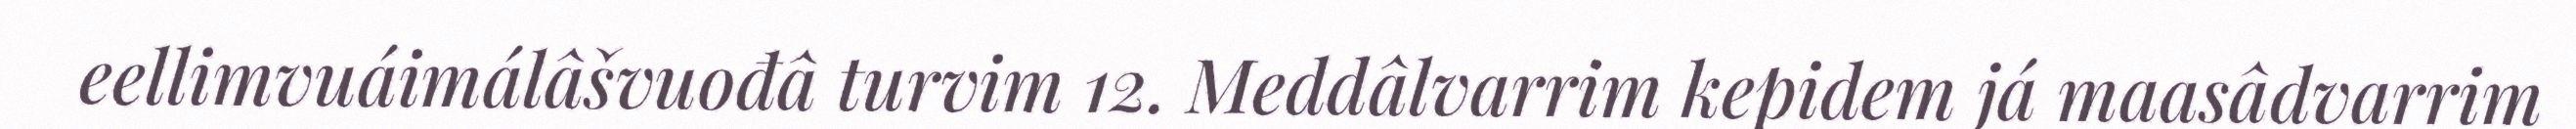
eellimvuáimálâšvuođâ turvim 12. Meddâlvarrim kepidem já maasâdvarrim